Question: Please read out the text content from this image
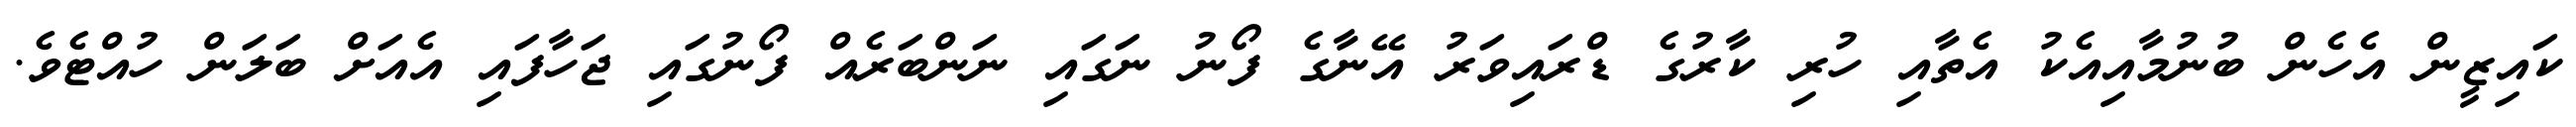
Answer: ކައިޒީން އެހެން ބުނުމާއިއެކު އެތާއި ހުރި ކާރުގެ ޑްރައިވަރު އޭނާގެ ފޯނު ނަގައި ނަންބަރެއް ފޯނުގައި ޖަހާފައި އެއަށް ބަލަން ހުއްޓެވެ.